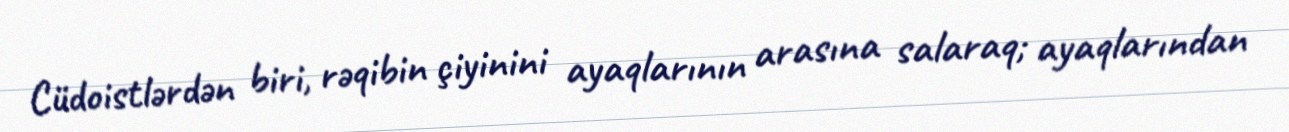
Cüdoistlərdən biri, rəqibin çiyinini ayaqlarının arasına salaraq; ayaqlarından